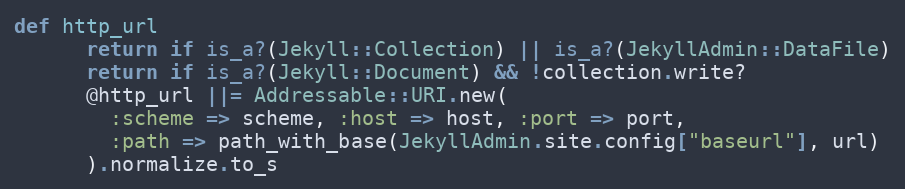
Language: Ruby
def http_url
      return if is_a?(Jekyll::Collection) || is_a?(JekyllAdmin::DataFile)
      return if is_a?(Jekyll::Document) && !collection.write?
      @http_url ||= Addressable::URI.new(
        :scheme => scheme, :host => host, :port => port,
        :path => path_with_base(JekyllAdmin.site.config["baseurl"], url)
      ).normalize.to_s